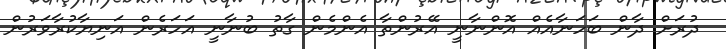
ދުރަށް ދާން ބަހަނާއެއް އޮންނާނީ އޭރުންތާ އެންމެން ގާތު ބުނާނީ އަހަރެން އަނިޔާކުރާވަރުން